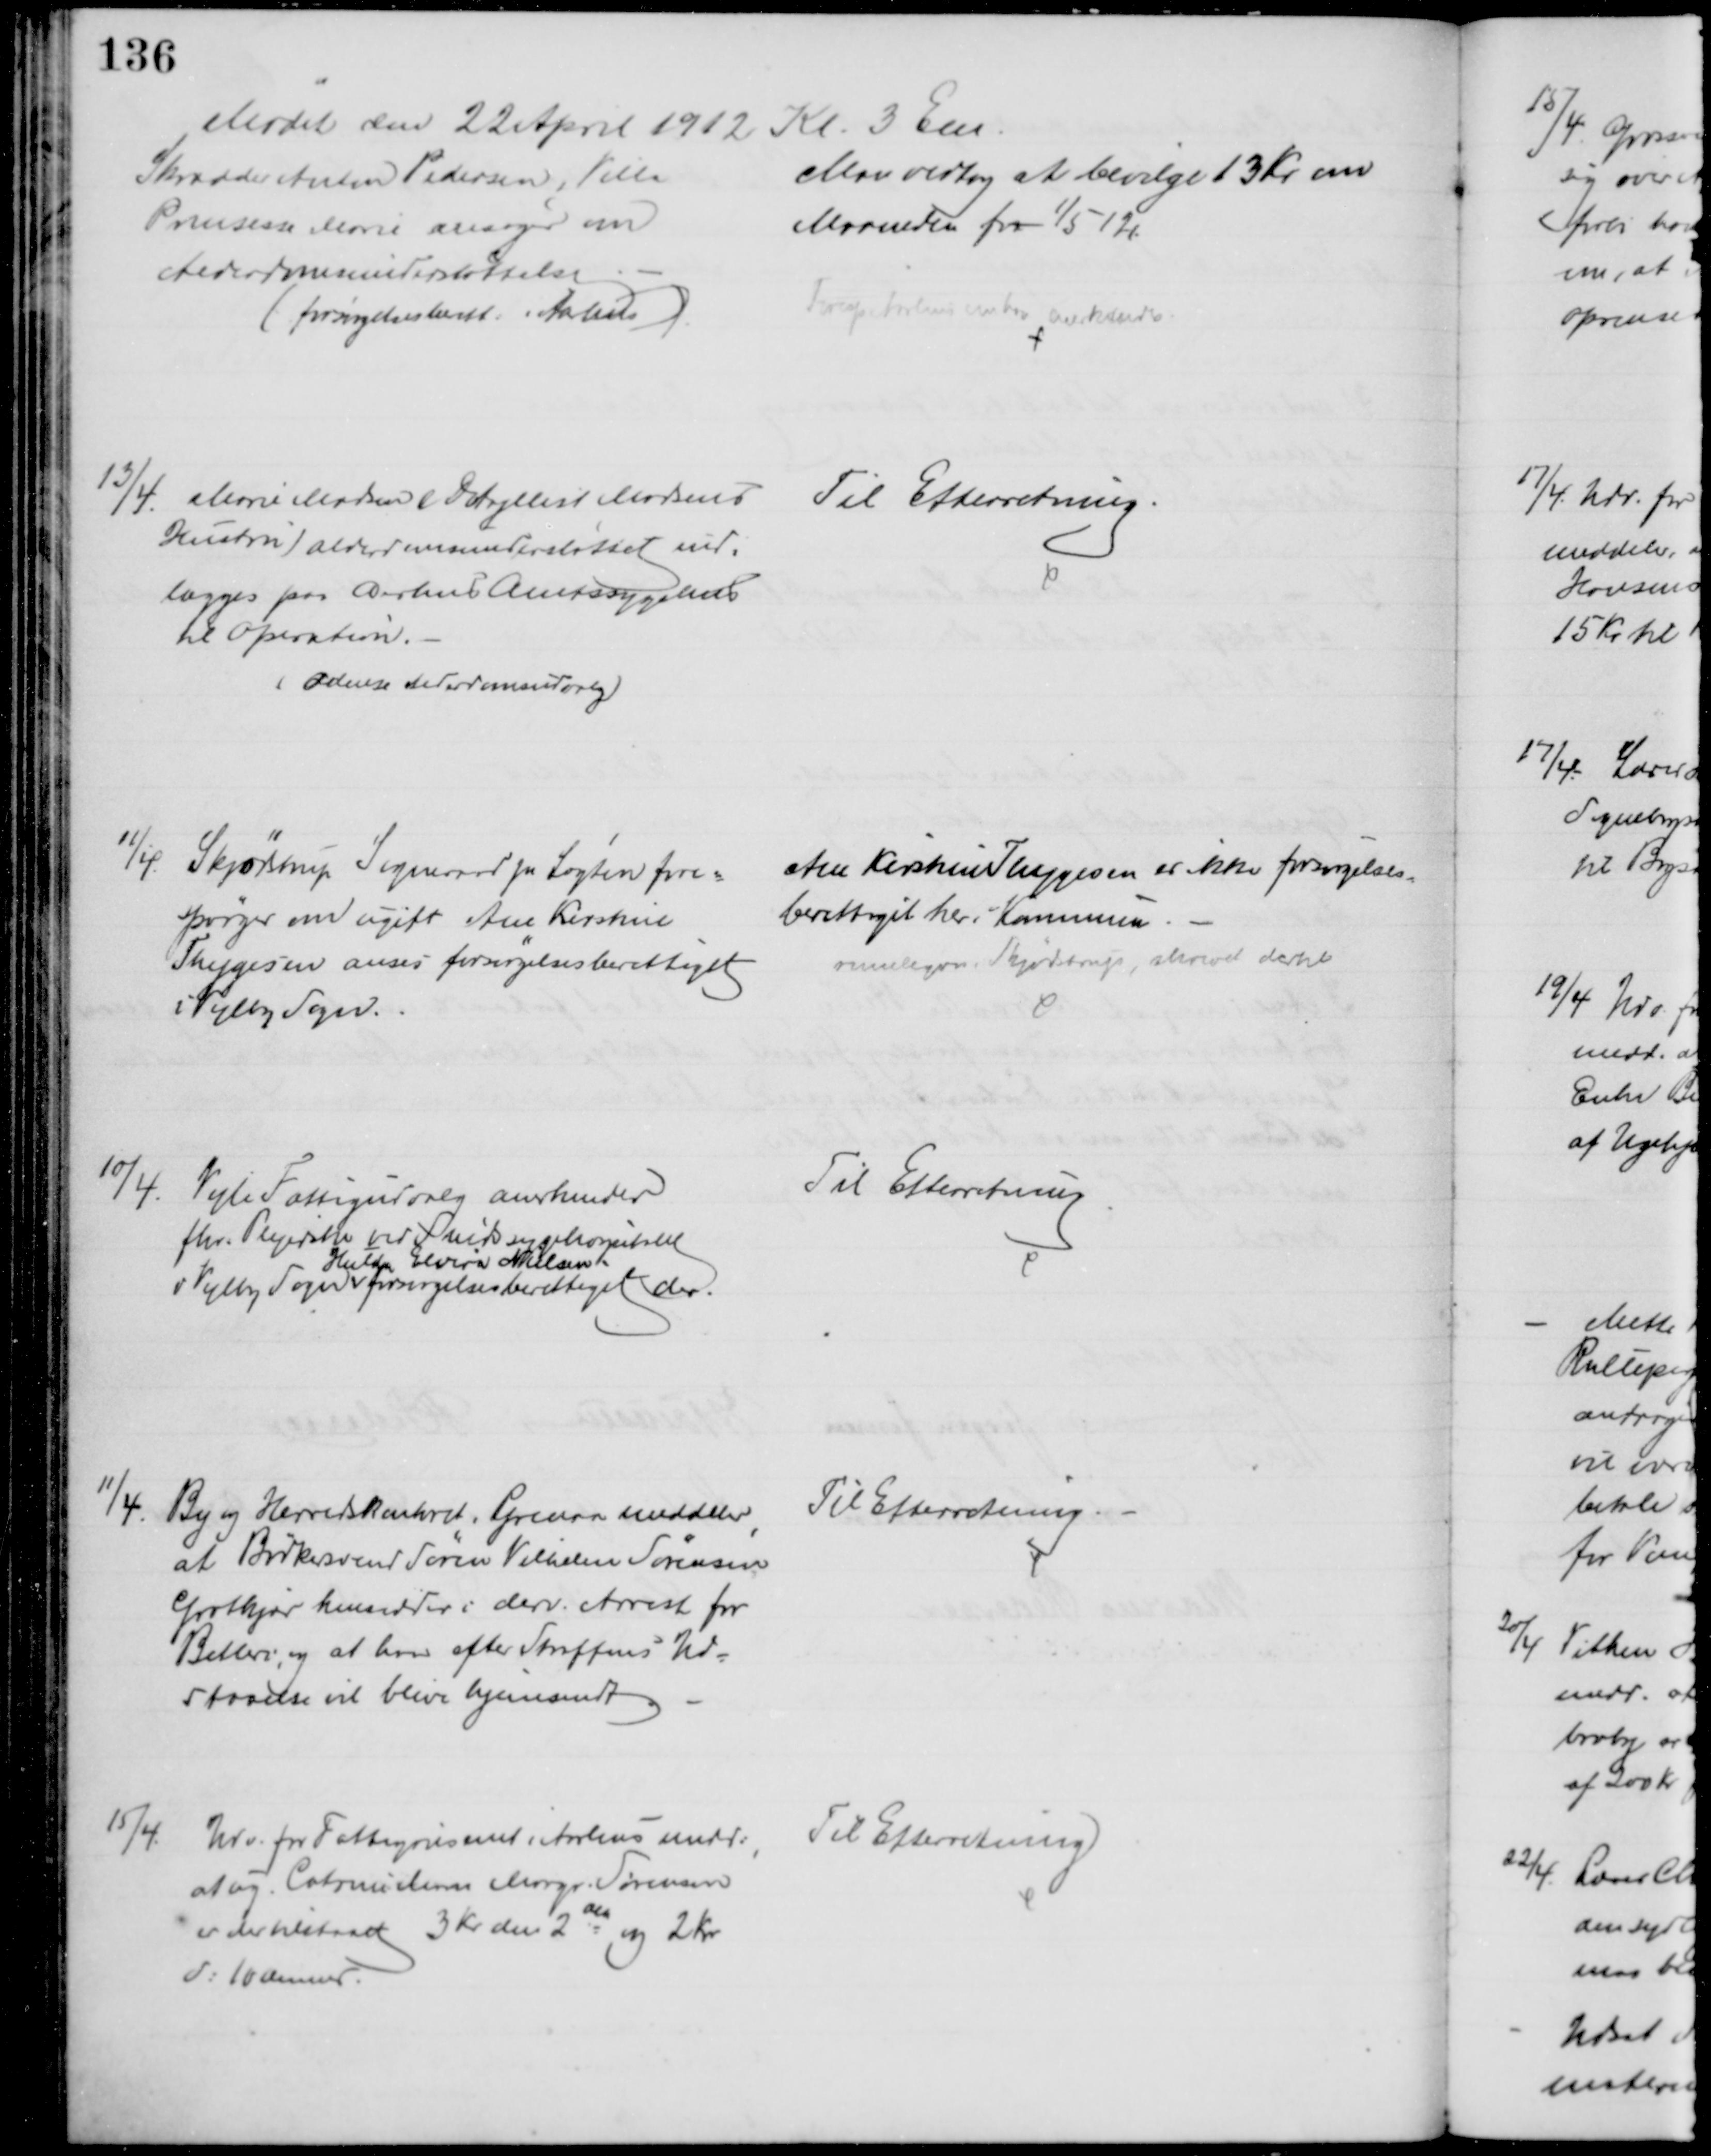
Transskription:
Mødet den 22 April 1912 Kl. 3 Em.
Skrædder Anton Pedersen, Villa
Prinsesse Marie ansøger om
Alderdomsunderstøttelse
(forsørgelsesberett. i Aarhus)
Man vedtog at bevilge 13 Kr om
Maaneden fra 1/5 12
Foresp. Aarhus om han anerkendes.
13/4.
Marie Madsen (Detajllist Madsens
Hustru) alderdomsunderstøttet ind-
lægges paa Aarhus Amtssygehus
til Operation.
(Odense Alderdomsudvalg)
Til Efterretning.
11/4.
Skjødstrup Sogneraad pr Løgten fore=
spørger om ugift Ane Kirstine
Thygesen anses forsørgelsesberettiget
i Vejlby Sogn.
Ane Kirstine Thygesen er ikke forsørgelses-
berettiget her i Kommunen.
rimeligvis, Skjødstrup, skrevet dertil 
10/4.
Vejle Fattigudvalg anerkender
fhv. Plejerske ved Sindssygehospitalet
v Vejlby Sogn
Hulda Elvira Nielsen.
forsørgelsesberettiget der.
Til Efterretning
11/4.
By og Herredskontoret, Grenaa meddeler
at Bødkersvend Søren Vilhelm Sørensen
Grotkjær hensidder i derv. Arrest for
Betleri, og at han efter Straffens Ud=
staaelse vil blive hjemsendt
Til Efterretning
15/4.
Udv. for Fattigvæsenet i Aarhus medd:
at ug. Catrine Marie Margr. Sørensen
er der tilstaaet 3 Kr den 2den og 2 Kr
d: 10 dennes.
Til Efterretning